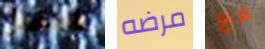
لمقتل مرضه مع